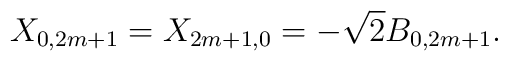
X_{0,2m+1}=X_{2m+1,0}=-\sqrt{2} B_{0,2m+1}.